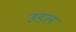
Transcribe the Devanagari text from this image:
उंडल